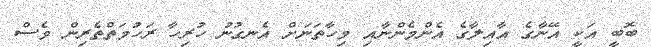
ބޮބީ އަކީ އޭނާގެ އާއިލާގެ އެންމެންނާއި މިހާތަނަށް އެނގުނު ހުރިހާ ރަހުމަތްތެރިން ވެސް